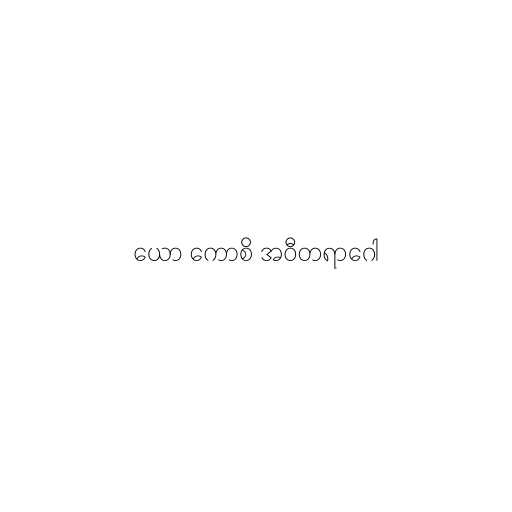
ယော ကောစိ အဝီတရာဂေါ